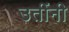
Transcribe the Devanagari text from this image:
उतींनी